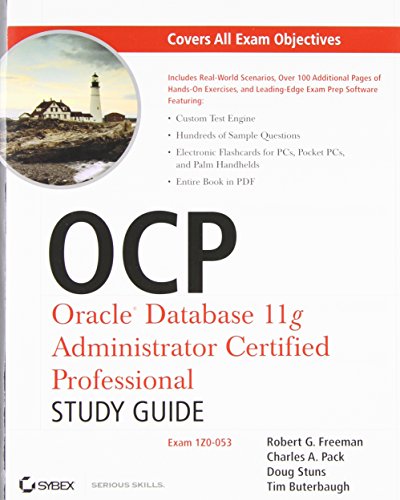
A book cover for OCP: Oracle Database 11g Administrator Certified Professional Study Guide: Exam 1Z0-053; Robert G. Freeman; Computers & Technology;